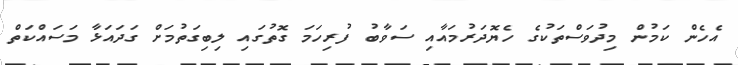
އެހެން ކަމުން މިދުވަސްތަކުގެ ހެޔޮދަރުމައާއި ސަވާބު ފުރިހަމަ ގޮތުގައި ލިބިގަތުމަށް ގަދައަޅާ މަސައްކަތް